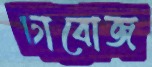
চাবোজ